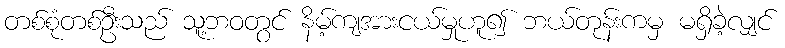
တစ်စုံတစ်ဦးသည် သူ့ဘဝတွင် နိမ့်ကျအားငယ်မှုဟူ၍ ဘယ်တုန်းကမှ မရှိခဲ့လျှင်